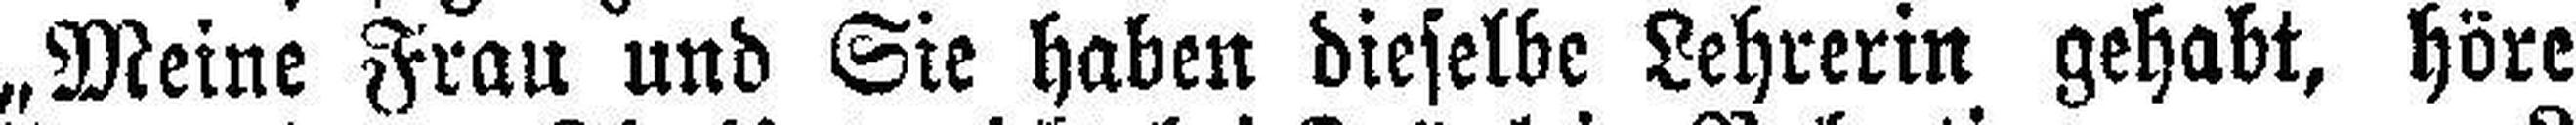
„Meine Frau und Sie haben dieselbe Lehrerin gehabt, höre